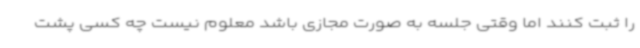
را ثبت کنند اما وقتی جلسه به صورت مجازی باشد معلوم نیست چه کسی پشت